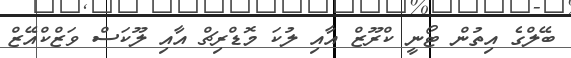
ބޭލްގެ އިތުން ޓޯނީ ކްރޫޒް އާއި ލުކަ މޮޑްރިޗް އާއި ލޫކަސް ވަޒްކްއޭޒް